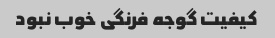
کیفیت گوجه فرنگی خوب نبود